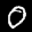
Label: 0